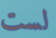
لست